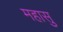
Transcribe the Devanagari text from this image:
महासु